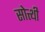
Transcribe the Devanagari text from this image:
सोत्थी